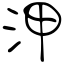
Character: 㳌